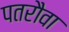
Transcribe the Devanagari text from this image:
पतरौवा